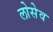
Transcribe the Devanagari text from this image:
लोसेव